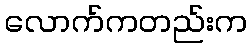
လောက်ကတည်းက